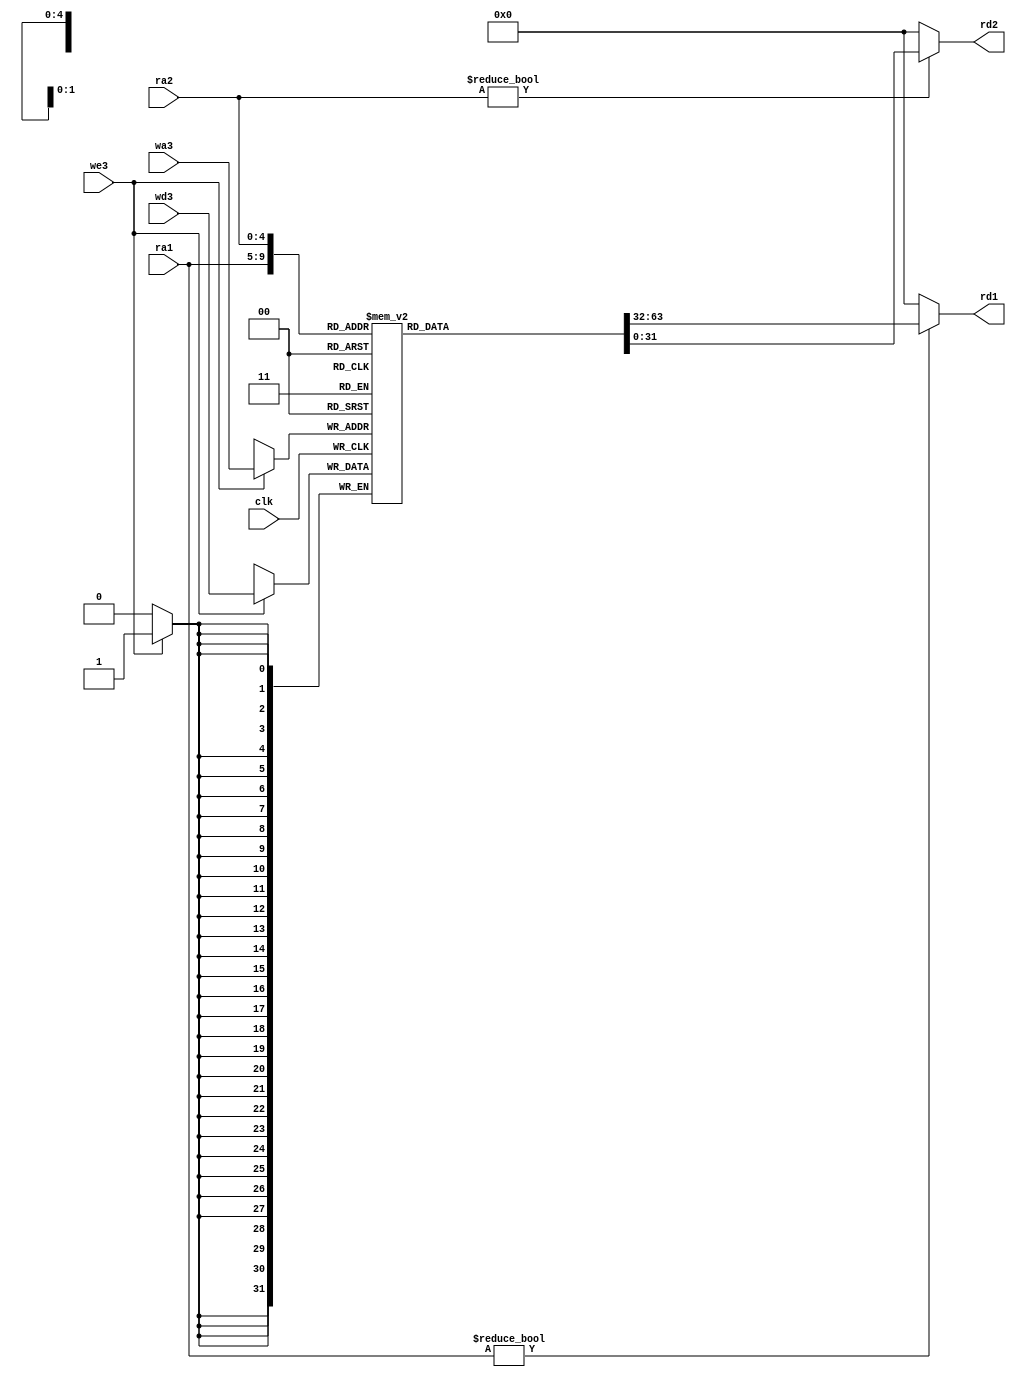
module regfile(input wire clk, we3,
               input wire [4:0] ra1, ra2, wa3,
               input wire [31:0] wd3,
               output wire [31:0] rd1, rd2);

    reg [31:0] rf[31:0];

    always @(posedge clk)
        if (we3) rf[wa3] <= wd3;
    
    assign rd1 = (ra1 != 0) ? rf[ra1] : 0;
    assign rd2 = (ra2 != 0) ? rf[ra2] : 0;

endmodule

`default_nettype wire